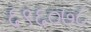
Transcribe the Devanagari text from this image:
६९६०७८